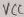
Text: VCC